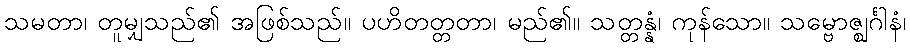
သမတာ၊ တူမျှသည်၏ အဖြစ်သည်။ ပဟိတတ္တတာ၊ မည်၏။ သတ္တန္နံ၊ ကုန်သော။ သမ္ဗောဇ္ဈင်္ဂါနံ၊